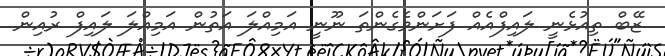
ޒޭބް ތިއުޅެނީ ލައިފްއެއް ފަށަންވެގެންތަ ނޫނީ އަމިއްލަ އަތުން އަމިއްލަ ލައިފް ރުއިން